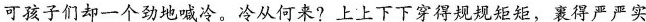
可孩子们却一个劲地喊冷。冷从何来?上上下下穿得规规矩矩，裹得严严实